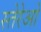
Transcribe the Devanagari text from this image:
स्तेरेओ